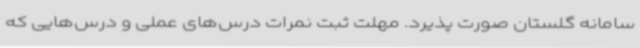
سامانه گلستان صورت پذیرد. مهلت ثبت نمرات درس‌های عملی و درس‌هایی که